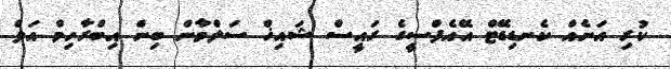
ކުރި އަނެއް ކެނޑިޑޭޓް އޭއެފްސީގެ ރައީސް ޝައިޚް ސަލްމާން ބިން އިބްރާހިމް އަލް